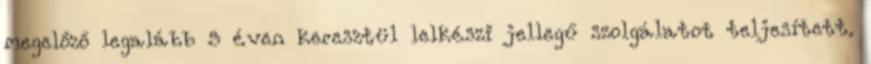
megelőző legalább 5 éven keresztül lelkészi jellegű szolgálatot teljesített.